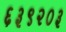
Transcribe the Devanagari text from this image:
६३९२०३